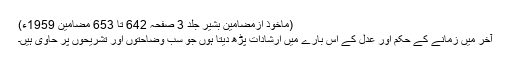
(ماخوذ ازمضامین بشیر جلد 3 صفحہ 642 تا 653 مضامین 1959ء)
آخر میں زمانے کے حکم اور عدل کے اس بارے میں ارشادات پڑھ دیتا ہوں جو سب وضاحتوں اور تشریحوں پر حاوی ہیں۔